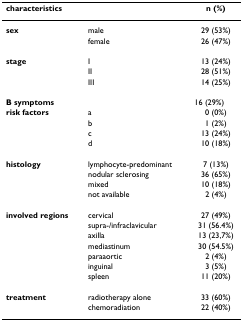
<table><thead><tr><td colspan="2"><b>characteristics</b></td><td><b>n (%)</b></td></tr></thead><tbody><tr><td><b>sex</b></td><td>male</td><td>29 (53%)</td></tr><tr><td></td><td>female</td><td>26 (47%)</td></tr><tr><td><b>stage</b></td><td>I</td><td>13 (24%)</td></tr><tr><td></td><td>II</td><td>28 (51%)</td></tr><tr><td></td><td>III</td><td>14 (25%)</td></tr><tr><td colspan="2"><b>B symptoms</b></td><td>16 (29%)</td></tr><tr><td><b>risk factors</b></td><td>a</td><td>0 (0%)</td></tr><tr><td></td><td>b</td><td>1 (2%)</td></tr><tr><td></td><td>c</td><td>13 (24%)</td></tr><tr><td></td><td>d</td><td>10 (18%)</td></tr><tr><td><b>histology</b></td><td>lymphocyte-predominant</td><td>7 (13%)</td></tr><tr><td></td><td>nodular sclerosing</td><td>36 (65%)</td></tr><tr><td></td><td>mixed</td><td>10 (18%)</td></tr><tr><td></td><td>not available</td><td>2 (4%)</td></tr><tr><td><b>involved regions</b></td><td>cervical</td><td>27 (49%)</td></tr><tr><td></td><td>supra-/infraclavicular</td><td>31 (56.4%)</td></tr><tr><td></td><td>axilla</td><td>13 (23,7%)</td></tr><tr><td></td><td>mediastinum</td><td>30 (54.5%)</td></tr><tr><td></td><td>paraaortic</td><td>2 (4%)</td></tr><tr><td></td><td>inguinal</td><td>3 (5%)</td></tr><tr><td></td><td>spleen</td><td>11 (20%)</td></tr><tr><td><b>treatment</b></td><td>radiotherapy alone</td><td>33 (60%)</td></tr><tr><td></td><td>chemoradiation</td><td>22 (40%)</td></tr></tbody></table>